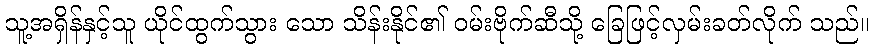
သူ့အရှိန်နှင့်သူ ယိုင်ထွက်သွား သော သိန်းနိုင်၏ ဝမ်းဗိုက်ဆီသို့ ခြေဖြင့်လှမ်းခတ်လိုက် သည်။